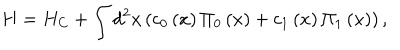
H = H _ { C } + \int { d ^ { 2 } } x \left( { c _ { 0 } \left( x \right) \Pi _ { 0 } \left( x \right) + c _ { 1 } \left( x \right) \Pi _ { 1 } \left( x \right) } \right) ,